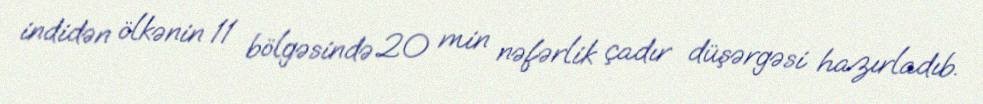
indidən ölkənin 11 bölgəsində 20 min nəfərlik çadır düşərgəsi hazırladıb.